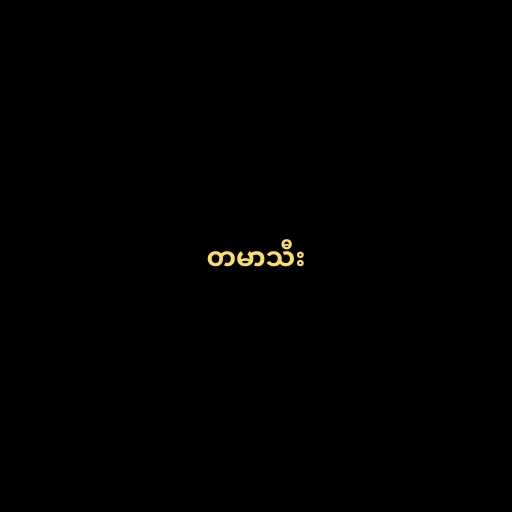
တမာသီး